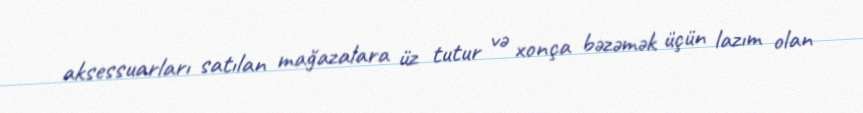
aksessuarları satılan mağazalara üz tutur və xonça bəzəmək üçün lazım olan